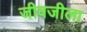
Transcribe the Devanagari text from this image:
जीवजीला